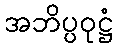
အဘိပ္ပဝုဋ္ဌံ